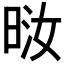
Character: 𪰤